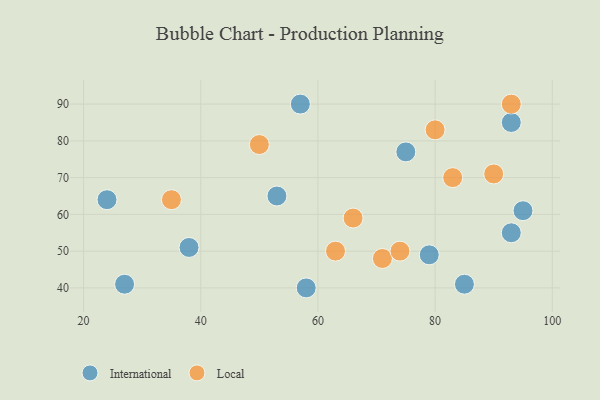
{"axis": {"x": "GDP", "y": "Life Expectancy"}, "legend": ["International", "Local"], "data": [{"x": "75", "y": 77, "type": "International"}, {"x": "27", "y": 41, "type": "International"}, {"x": "93", "y": 85, "type": "International"}, {"x": "24", "y": 64, "type": "International"}, {"x": "57", "y": 90, "type": "International"}, {"x": "93", "y": 55, "type": "International"}, {"x": "38", "y": 51, "type": "International"}, {"x": "58", "y": 40, "type": "International"}, {"x": "85", "y": 41, "type": "International"}, {"x": "95", "y": 61, "type": "International"}, {"x": "79", "y": 49, "type": "International"}, {"x": "53", "y": 65, "type": "International"}, {"x": "71", "y": 48, "type": "Local"}, {"x": "74", "y": 50, "type": "Local"}, {"x": "93", "y": 90, "type": "Local"}, {"x": "80", "y": 83, "type": "Local"}, {"x": "66", "y": 59, "type": "Local"}, {"x": "90", "y": 71, "type": "Local"}, {"x": "63", "y": 50, "type": "Local"}, {"x": "83", "y": 70, "type": "Local"}, {"x": "35", "y": 64, "type": "Local"}, {"x": "50", "y": 79, "type": "Local"}]}